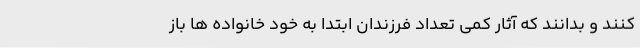
کنند و بدانند که آثار کمی تعداد فرزندان ابتدا به خود خانواده ها باز